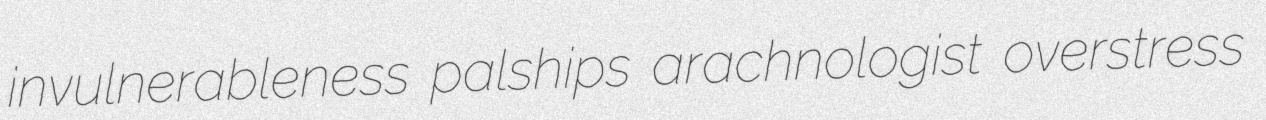
invulnerableness palships arachnologist overstress